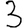
Digit: 3